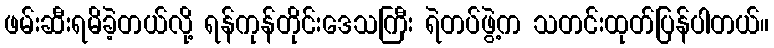
ဖမ်းဆီးရမိခဲ့တယ်လို့ ရန်ကုန်တိုင်းဒေသကြီး ရဲတပ်ဖွဲ့က သတင်းထုတ်ပြန်ပါတယ်။